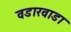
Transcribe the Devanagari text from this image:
वडारवाडा